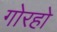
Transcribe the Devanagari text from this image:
गोरहो